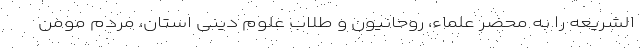
الشریعه را به محضر علماء، روحانیون و طلاب علوم دینی استان، مردم مومن